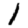
Digit: 1